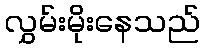
လွှမ်းမိုးနေသည်